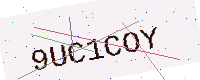
Text: 9UC1COY